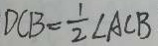
D C B = \frac { 1 } { 2 } \angle A C B